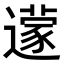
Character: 𮟔